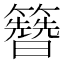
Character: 𬖂